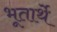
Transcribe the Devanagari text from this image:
भूतार्थे